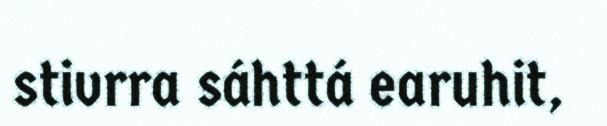
stivrra sáhttá earuhit,